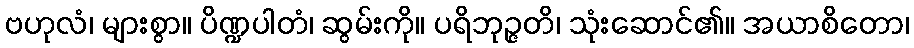
ဗဟုလံ၊ များစွာ။ ပိဏ္ဍပါတံ၊ ဆွမ်းကို။ ပရိဘုဉ္ဇတိ၊ သုံးဆောင်၏။ အယာစိတော၊